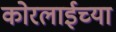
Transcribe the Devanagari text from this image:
कोरलाईच्या